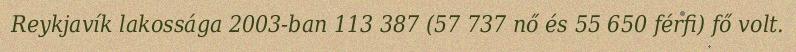
Reykjavík lakossága 2003-ban 113 387 (57 737 nő és 55 650 férfi) fő volt.